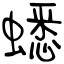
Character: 蟋